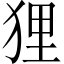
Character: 狸